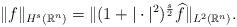
LaTeX: \begin{align*}\|f\|_{H^s(\mathbb R^n) } = \| (1 + |\cdot|^2)^{\frac s2} \widehat f \|_{L^2(\mathbb R^n)}. \end{align*}